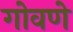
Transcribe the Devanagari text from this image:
गोवणे